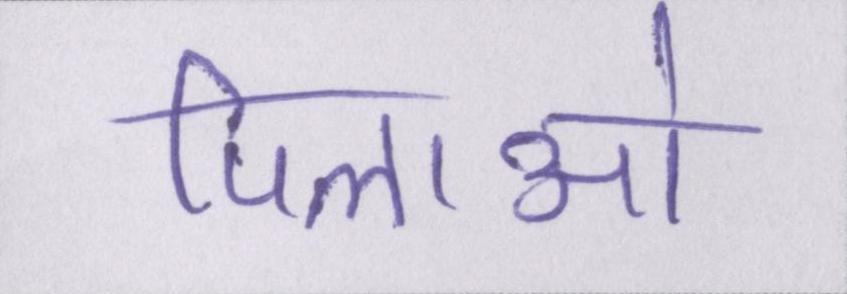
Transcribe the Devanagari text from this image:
पिलाओ